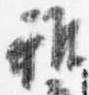
雅